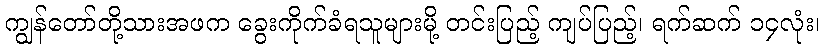
ကျွန်တော်တို့သားအဖက ခွေးကိုက်ခံရသူများမို့ တင်းပြည့် ကျပ်ပြည့်၊ ရက်ဆက် ၁၄လုံး၊